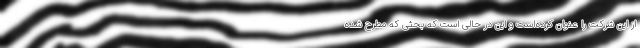
از این شرکت را عنوان کرده‌است و این در حالی است که بحثی که مطرح شده